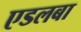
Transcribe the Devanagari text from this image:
एडलबा